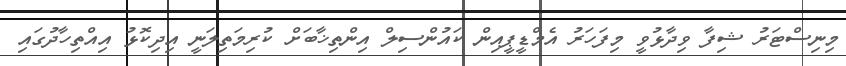
މިނިސްޓަރު ޝިފާ ވިދާޅުވީ މިފަހަރު އެމްޑީޕީއިން ކައުންސިލް އިންތިޚާބަށް ކުރިމަތިލަނީ އިދިކޮޅު އިއްތިހާދުގައި